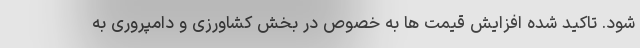
شود. تاکید شده افزایش قیمت ها به خصوص در بخش کشاورزی و دامپروری به